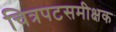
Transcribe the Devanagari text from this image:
चित्रपटसमीक्षक